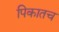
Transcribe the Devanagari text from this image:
पिकातच